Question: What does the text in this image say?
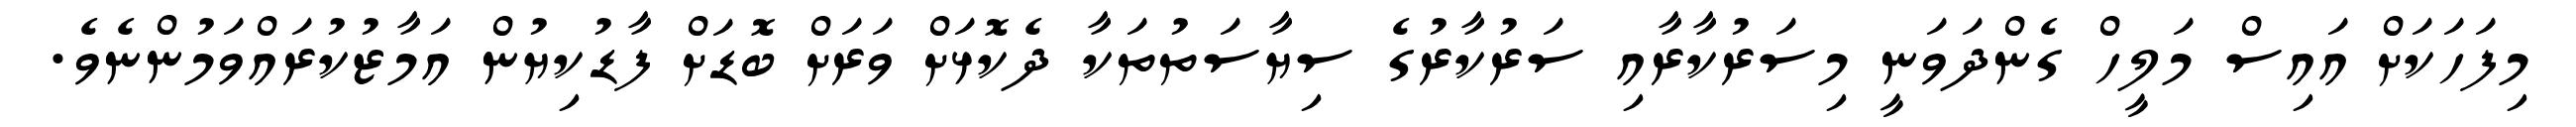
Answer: މިފަހަކަށް އައިސް މަލީހް ގެންދަވަނީ މިސަރުކާރާއި ސަރުކާރުގެ ސިޔާސަތުތަކާ ދެކޮޅަށް ވަރަށް ބޮޑަށް ފާޑުކިޔުން އަމާޒުކުރައްވަމުންނެވެ.